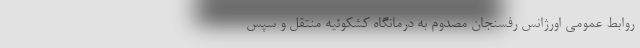
روابط عمومی اورژانس رفسنجان مصدوم به درمانگاه کشکوئیه منتقل و سپس